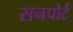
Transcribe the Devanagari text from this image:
सनपोर्ट